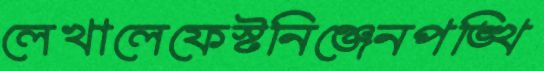
লেখালেফেস্টনিঞ্জেনপঙ্খি